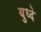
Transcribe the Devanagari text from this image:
युध्दे